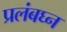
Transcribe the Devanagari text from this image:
प्रलंबघ्न